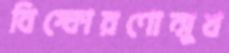
বিস্ফোরণোন্মুখ